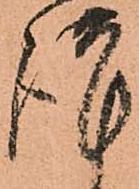
謹